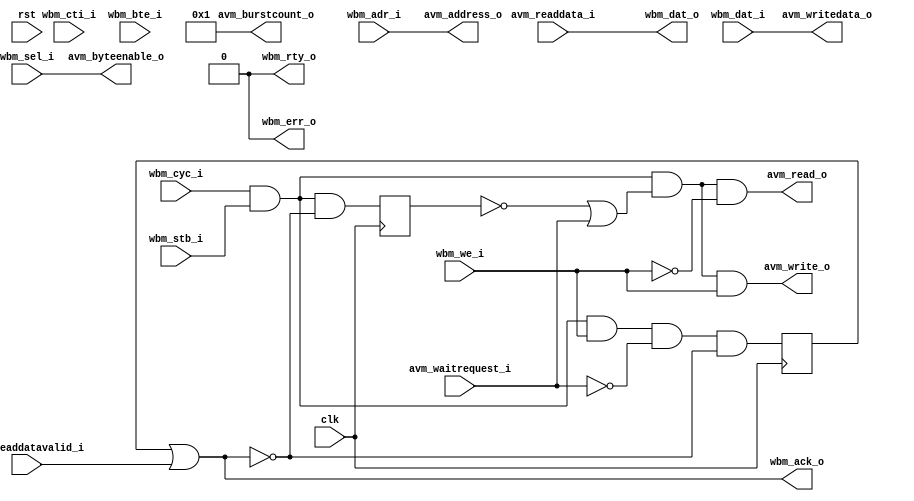
/*
 * Copyright (c) 2013, Stefan Kristiansson <stefan.kristiansson@saunalahti.fi>
 * All rights reserved.
 *
 * Redistribution and use in source and non-source forms, with or without
 * modification, are permitted provided that the following conditions are met:
 *     * Redistributions of source code must retain the above copyright
 *       notice, this list of conditions and the following disclaimer.
 *     * Redistributions in non-source form must reproduce the above copyright
 *       notice, this list of conditions and the following disclaimer in the
 *       documentation and/or other materials provided with the distribution.
 *
 * THIS WORK IS PROVIDED BY THE COPYRIGHT HOLDERS AND CONTRIBUTORS "AS IS"
 * AND ANY EXPRESS OR IMPLIED WARRANTIES, INCLUDING, BUT NOT LIMITED TO,
 * THE IMPLIED WARRANTIES OF MERCHANTABILITY AND FITNESS FOR A PARTICULAR
 * PURPOSE ARE DISCLAIMED. IN NO EVENT SHALL THE COPYRIGHT HOLDER OR
 * CONTRIBUTORS BE LIABLE FOR ANY DIRECT, INDIRECT, INCIDENTAL, SPECIAL,
 * EXEMPLARY, OR CONSEQUENTIAL DAMAGES (INCLUDING, BUT NOT LIMITED TO,
 * PROCUREMENT OF SUBSTITUTE GOODS OR SERVICES;
 * LOSS OF USE, DATA, OR PROFITS; OR BUSINESS INTERRUPTION) HOWEVER CAUSED AND
 * ON ANY THEORY OF LIABILITY, WHETHER IN CONTRACT, STRICT LIABILITY, OR TORT
 * (INCLUDING NEGLIGENCE OR OTHERWISE) ARISING IN ANY WAY OUT OF THE USE OF THIS
 * WORK, EVEN IF ADVISED OF THE POSSIBILITY OF SUCH DAMAGE.
 */

module wb_to_avalon_bridge #(
	parameter DW = 32,	// Data width
	parameter AW = 32,	// Address width
	parameter BURST_SUPPORT = 0
)(
	input 		  clk,
	input 		  rst,
	// Wishbone Master Input
	input [AW-1:0] 	  wbm_adr_i,
	input [DW-1:0] 	  wbm_dat_i,
	input [DW/8-1:0]  wbm_sel_i,
	input 		  wbm_we_i,
	input 		  wbm_cyc_i,
	input 		  wbm_stb_i,
	input [2:0] 	  wbm_cti_i,
	input [1:0] 	  wbm_bte_i,
	output [DW-1:0]   wbm_dat_o,
	output 		  wbm_ack_o,
	output 		  wbm_err_o,
	output 		  wbm_rty_o,
	// Avalon Master Output
	output [AW-1:0]   avm_address_o,
	output [DW/8-1:0] avm_byteenable_o,
	output 		  avm_read_o,
	input [DW-1:0] 	  avm_readdata_i,
	output [7:0] 	  avm_burstcount_o,
	output 		  avm_write_o,
	output [DW-1:0]   avm_writedata_o,
	input 		  avm_waitrequest_i,
	input 		  avm_readdatavalid_i
);

wire cycstb = wbm_cyc_i & wbm_stb_i;

generate if (BURST_SUPPORT == 1) begin : burst_enable
localparam IDLE		= 3'd0;
localparam READ		= 3'd1;
localparam WRITE	= 3'd2;
localparam BURST	= 3'd3;
localparam FLUSH_PIPE	= 3'd4;

localparam CLASSIC	= 3'b000;
localparam CONST_BURST	= 3'b001;
localparam INC_BURST	= 3'b010;
localparam END_BURST	= 3'b111;

localparam LINEAR_BURST	= 2'b00;
localparam WRAP4_BURST	= 2'b01;
localparam WRAP8_BURST	= 2'b10;
localparam WRAP16_BURST	= 2'b11;

reg [2:0]	state;

reg [3:0]	pending_reads;
reg [3:0]	reads_left;

reg [AW-1:0] 	adr;
wire [AW-1:0] 	curr_adr;
wire [AW-1:0] 	next_adr;
reg		read_req;
wire [AW-1:0] 	wb_burst_req;

//
// Avalon bursts can be either linear or wrapped, but that is a synthesis,
// not a runtime option.
// We have no way to know what kind of bursts are supported by the slaves we
// connect to, so instead of doing real bursts, we pipeline (up to) the number
// of reads that the wishbone side have requested in the burst.
// For linear bursts, 8 accesses are pipelined.
// This implies that only bursted reads are curently supported,
// A future improvement would be to let the user choose one of the burst
// modes by parameters and handle those as proper bursts.
//
assign curr_adr = (state == IDLE) ? wbm_adr_i : adr;
assign next_adr = (wbm_bte_i == LINEAR_BURST) ?
		  (curr_adr[AW-1:0] + 32'd4) :
		  (wbm_bte_i == WRAP4_BURST ) ?
		  {curr_adr[AW-1:4], curr_adr[3:0] + 4'd4} :
		  (wbm_bte_i == WRAP8_BURST ) ?
		  {curr_adr[AW-1:5], curr_adr[4:0] + 5'd4} :
		/*(wbm_bte_i == WRAP16_BURST) ?*/
		  {curr_adr[AW-1:6], curr_adr[5:0] + 6'd4};

assign wb_burst_req = cycstb & (wbm_cti_i == INC_BURST);

always @(posedge clk) begin
	read_req <= 0;
	case (state)
	IDLE: begin
		pending_reads <= 0;
		adr <= wbm_adr_i;
		if (cycstb & !avm_waitrequest_i) begin
			if (wbm_we_i)
				state <= WRITE;
			else if (wb_burst_req) begin
				// Set counter for number of reads left,
				// calculated by the burst count minus one
				// for the current read (performed by the
				// bypass) and one for the read initiated
				// here.
				case (wbm_bte_i)
				WRAP4_BURST:
					reads_left <= 4 - 2;

				LINEAR_BURST,
				WRAP8_BURST:
					reads_left <= 8 - 2;

				WRAP16_BURST:
					reads_left <= 16 - 2;
				endcase

				pending_reads <= 1;
				read_req <= 1;
				adr <= next_adr;

				state <= BURST;
			end else
				state <= READ;
		end
	end

	READ: begin
		if (avm_readdatavalid_i)
			state <= IDLE;
	end

	BURST: begin
		// Pipeline remaining reads.
		// pending_reads increase when a new read is pipelined and
		// decrease when a pending read is acknowledged.
		// On cycles where both a read is pipelined and a pending read
		// is acked, pending_reads do not change.
		read_req <= 1;
		if (avm_readdatavalid_i)
			pending_reads <= pending_reads - 1;

		if (!avm_waitrequest_i && reads_left != 0) begin
			pending_reads <= pending_reads + 1;
			if (avm_readdatavalid_i)
				pending_reads <= pending_reads;
			reads_left <= reads_left - 1;
			adr <= next_adr;
		end

		// All reads pipelined?
		if (reads_left == 0 && !(avm_waitrequest_i & read_req)) begin
			read_req <= 0;
			// Last transaction done, go back to IDLE
			if (avm_readdatavalid_i && pending_reads == 0)
				state <= IDLE;
		end

		// If the burst ends prematurely, we have to wait out the
		// already pipelined reads before we can accept new requests.
		if (avm_readdatavalid_i & !wb_burst_req & pending_reads != 0)
			state <= FLUSH_PIPE;
	end

	FLUSH_PIPE: begin
		if (avm_readdatavalid_i) begin
			if (pending_reads == 0)
				state <= IDLE;
			pending_reads <= pending_reads - 1;
		end
	end

	WRITE: begin
		state <= IDLE;
	end

	default:
		state <= IDLE;
	endcase

	if (rst) begin
		read_req <= 0;
		state <= IDLE;
	end
end

assign avm_address_o = curr_adr;
assign avm_read_o = cycstb & !wbm_we_i & (state == IDLE) | read_req;
assign avm_write_o = cycstb & wbm_we_i & (state == IDLE);

assign wbm_ack_o = avm_readdatavalid_i & (state != FLUSH_PIPE) |
		   (state == WRITE);

end else begin : burst_disable

reg	cycstb_r;
wire	req;
reg	write_ack;

always @(posedge clk)
	cycstb_r <= cycstb & !wbm_ack_o;

assign req = cycstb & (!cycstb_r | avm_waitrequest_i);

always @(posedge clk)
	write_ack <= cycstb & wbm_we_i & !avm_waitrequest_i & !wbm_ack_o;

assign avm_address_o = wbm_adr_i;
assign avm_write_o = req & wbm_we_i;
assign avm_read_o = req & !wbm_we_i;
assign wbm_ack_o = write_ack | avm_readdatavalid_i;
end
endgenerate

assign avm_burstcount_o = 8'h1;
assign avm_writedata_o = wbm_dat_i;
assign avm_byteenable_o = wbm_sel_i;
assign wbm_dat_o = avm_readdata_i;
assign wbm_err_o = 0;
assign wbm_rty_o = 0;

endmodule